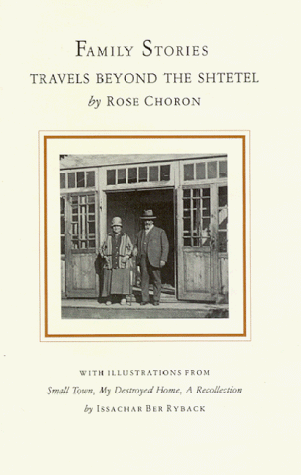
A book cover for Family Stories: Travels Beyond the Shtetel; Rose Choron; Travel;